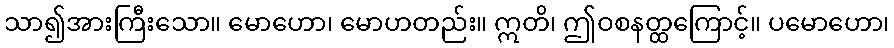
သာ၍အားကြီးသော။ မောဟော၊ မောဟတည်း။ ဣတိ၊ ဤဝစနတ္ထကြောင့်။ ပမောဟော၊